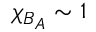
\chi _ { B _ { A } } \sim 1